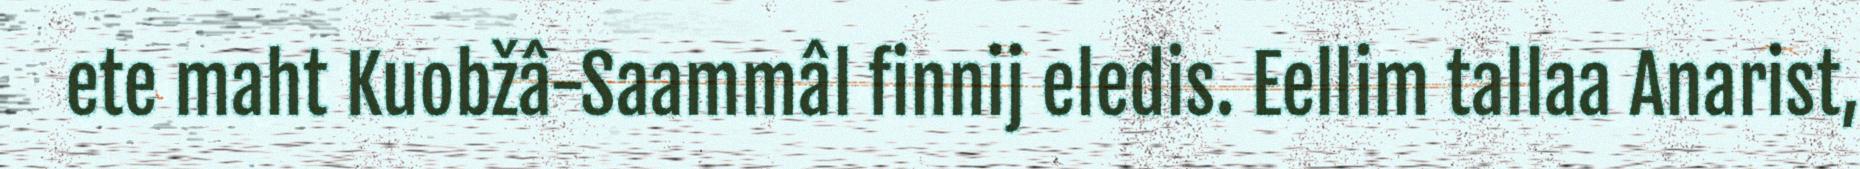
ete maht Kuobžâ-Saammâl finnij eledis. Eellim tallaa Anarist,